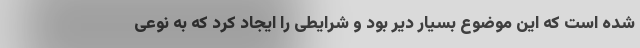
شده است که این موضوع بسیار دیر بود و شرایطی را ایجاد کرد که به نوعی